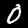
Digit: 0